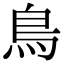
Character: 鳥